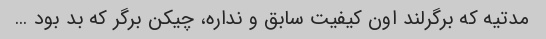
مدتیه که برگرلند اون کیفیت سابق و نداره، چیکن برگر که بد بود …